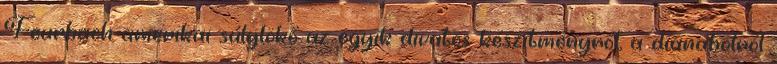
Feurbach amerikai súlylökő az egyik divatos készítményről, a dianabolról